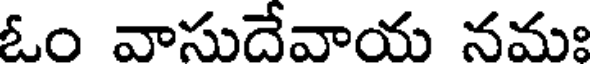
ఓం వాసుదేవాయ నమః